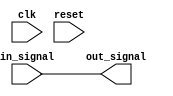
module IO_Buffer (
    input wire clk,
    input wire reset,
    input wire in_signal,
    output reg out_signal
);

parameter IDLE_POWER = 0;
parameter ACTIVE_POWER = 1;

reg [1:0] buffer_state;
reg [1:0] voltage_level;
reg [1:0] slew_rate;

always @ (posedge clk or posedge reset) begin
    if (reset) begin
        buffer_state <= 2'b00;
        voltage_level <= 2'b00;
        slew_rate <= 2'b00;
    end else begin
        case (buffer_state)
            2'b00: begin // Idle state
                // Implement power management techniques
                buffer_state <= 2'b01;
            end
            2'b01: begin // Active state
                // Implement power management techniques
                buffer_state <= 2'b00;
            end
            default: buffer_state <= 2'b00;
        endcase
    end
end

// Implement adjustable voltage levels and slew rates here

// Implement high-impedance output buffer
assign out_signal = in_signal;

endmodule